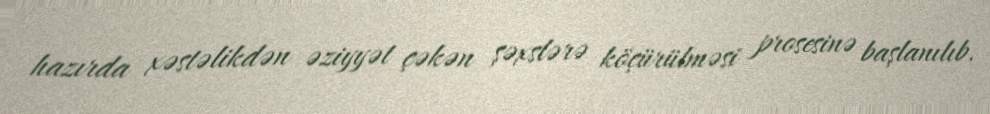
hazırda xəstəlikdən əziyyət çəkən şəxslərə köçürülməsi prosesinə başlanılıb.